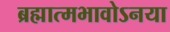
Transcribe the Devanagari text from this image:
ब्रह्मात्मभावोऽनया